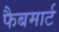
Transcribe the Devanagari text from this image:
फैबमार्ट